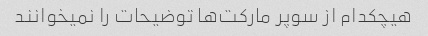
هیچکدام از سوپر مارکت‌ها توضیحات را نمیخوانند